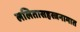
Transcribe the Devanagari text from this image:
ललितासहस्त्रनामात